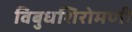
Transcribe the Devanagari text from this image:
विबुधशिरोमणी